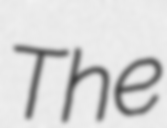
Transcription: The